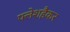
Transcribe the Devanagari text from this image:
फ्लेशहैकर